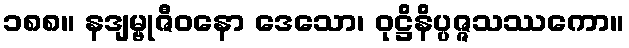
၁၈၈။ နဒျမ္ဗုဇီဝနော ဒေသော၊ ဝုဋ္ဌိနိပ္ပဇ္ဇသဿကော။